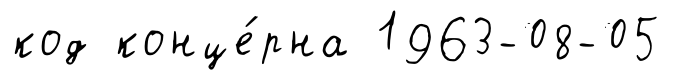
код конце́рна 1963-08-05